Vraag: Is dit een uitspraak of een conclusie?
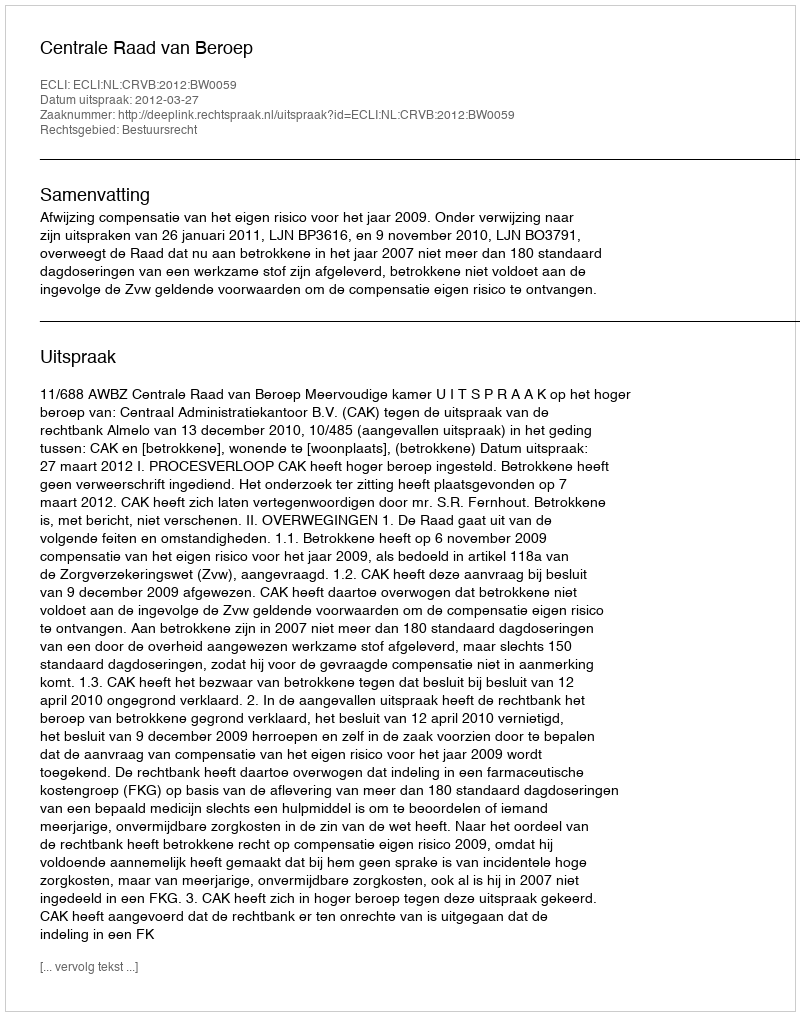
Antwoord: Uitspraak